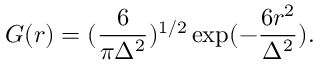
G ( r ) = ( \frac { 6 } { \pi \Delta ^ { 2 } } ) ^ { 1 / 2 } \exp ( - \frac { 6 r ^ { 2 } } { \Delta ^ { 2 } } ) .